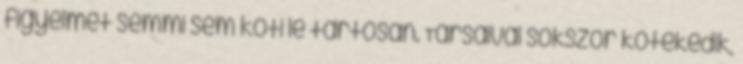
figyelmét semmi sem köti le tartósan. Társaival sokszor kötekedik,